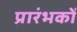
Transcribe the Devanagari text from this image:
प्रारंभकों